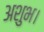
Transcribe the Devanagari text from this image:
अशुभ।